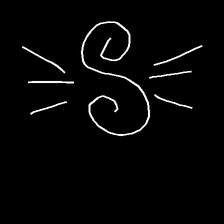
Glyph: wind-directs-air